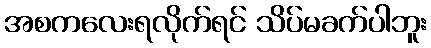
အစကလေးရလိုက်ရင် သိပ်မခက်ပါဘူး